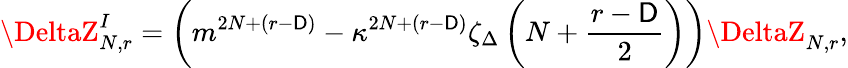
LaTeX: \DeltaZ_{N,r}^{I}=\left(m^{2N+(r-\mathsf{D})}-\kappa^{2N+(r-\mathsf{D})}\zeta_{\Delta}\left(N+\frac{{r-\mathsf{D}}}{{2}}\right)\right)\DeltaZ_{N,r},